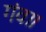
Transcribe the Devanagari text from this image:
गंवा।